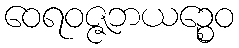
ဝေရဝဇ္ဇဘယဉ္စေဝ